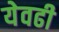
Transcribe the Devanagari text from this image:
येवढी